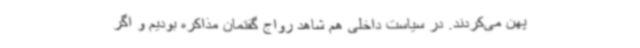
پهن می‌کردند. در سیاست داخلی هم شاهد رواج گفتمان مذاکره بودیم و اگر